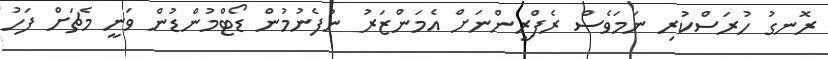
ރޮނގު ހުރަސްކުރި ނަމަވެސް ރެފްރީންނަށް އެމަންޒަރު ނުފެނުމުން ޑޯޓްމުންޑުން ވަނީ މެޗަށް ފަހު